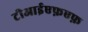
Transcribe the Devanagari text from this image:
टीआईएफ़एफ़